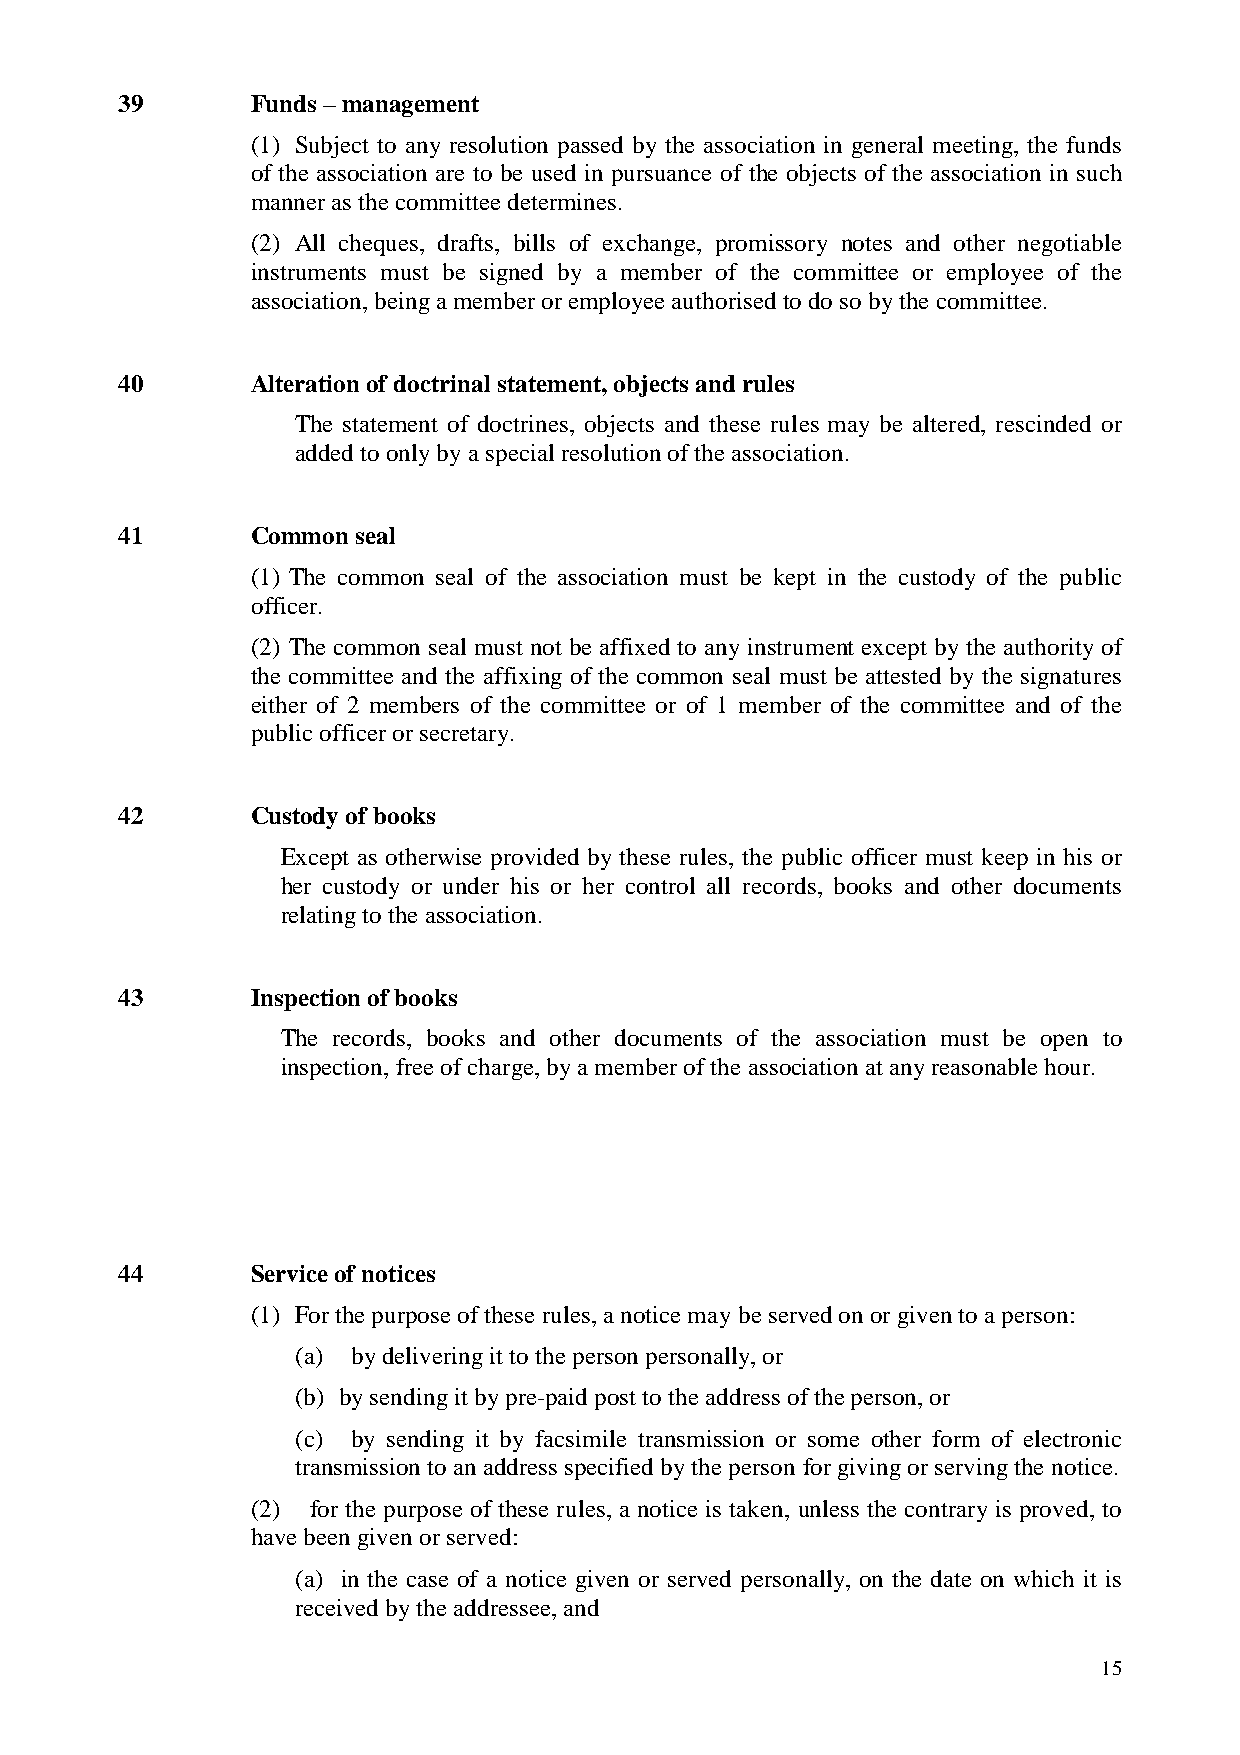
39       Funds – management
 (1) Subject to any resolution passed by the association in general meeting, the funds
 of the association are to be used in pursuance of the objects of the association in such
 manner as the committee determines.
 (2) All cheques, drafts, bills of exchange, promissory notes and other negotiable
 instruments must be signed by a member of the committee or employee of the
 association, being a member or employee authorised to do so by the committee.
 40       Alteration of doctrinal statement, objects and rules
 The statement of doctrines, objects and these rules may be altered, rescinded or
 added to only by a special resolution of the association.
 41       Common seal
 (1) The common seal of the association must be kept in the custody of the public
 officer.
 (2) The common seal must not be affixed to any instrument except by the authority of
 the committee and the affixing of the common seal must be attested by the signatures
 either of 2 members of the committee or of 1 member of the committee and of the
 public officer or secretary.
 42       Custody of books
 Except as otherwise provided by these rules, the public officer must keep in his or
 her custody or under his or her control all records, books and other documents
 relating to the association.
 43       Inspection of books
 The records, books and other documents of the association must be open to
 inspection, free of charge, by a member of the association at any reasonable hour.
 44       Service of notices
 (1) For the purpose of these rules, a notice may be served on or given to a person:
 (a) by delivering it to the person personally, or
 (b) by sending it by pre-paid post to the address of the person, or
 (c) by sending it by facsimile transmission or some other form of electronic
 transmission to an address specified by the person for giving or serving the notice.
 (2) for the purpose of these rules, a notice is taken, unless the contrary is proved, to
 have been given or served:
 (a) in the case of a notice given or served personally, on the date on which it is
 received by the addressee, and
 15